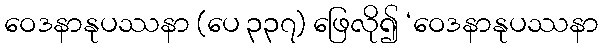
ဝေဒနာနုပဿနာ (ပေ ၃၃၇) ဖြေလို၍ ‘ဝေဒနာနုပဿနာ